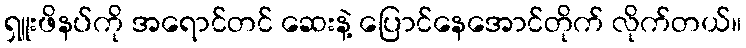
ရှူးဖိနပ်ကို အရောင်တင် ဆေးနဲ့ ပြောင်နေအောင်တိုက် လိုက်တယ်။